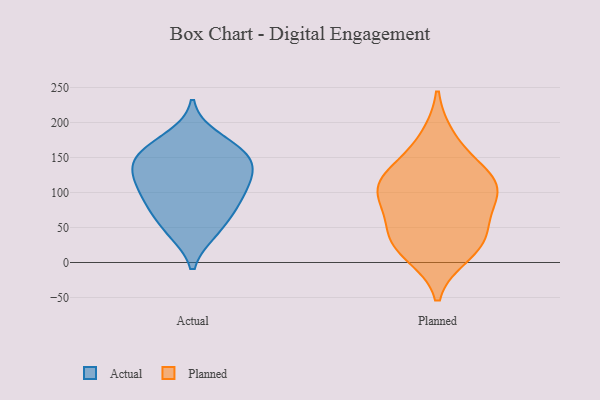
{"axis": {"x": "Revenue (USD Million)", "y": "Value"}, "legend": ["Actual", "Planned"], "data": [{"x": "", "y": 154, "type": "Actual"}, {"x": "", "y": 159, "type": "Actual"}, {"x": "", "y": 179, "type": "Actual"}, {"x": "", "y": 84, "type": "Actual"}, {"x": "", "y": 146, "type": "Actual"}, {"x": "", "y": 127, "type": "Actual"}, {"x": "", "y": 155, "type": "Actual"}, {"x": "", "y": 113, "type": "Actual"}, {"x": "", "y": 80, "type": "Actual"}, {"x": "", "y": 112, "type": "Actual"}, {"x": "", "y": 45, "type": "Actual"}, {"x": "", "y": 124, "type": "Actual"}, {"x": "", "y": 81, "type": "Actual"}, {"x": "", "y": 44, "type": "Actual"}, {"x": "", "y": 119, "type": "Planned"}, {"x": "", "y": 111, "type": "Planned"}, {"x": "", "y": 33, "type": "Planned"}, {"x": "", "y": 98, "type": "Planned"}, {"x": "", "y": 79, "type": "Planned"}, {"x": "", "y": 177, "type": "Planned"}, {"x": "", "y": 43, "type": "Planned"}, {"x": "", "y": 28, "type": "Planned"}, {"x": "", "y": 103, "type": "Planned"}, {"x": "", "y": 135, "type": "Planned"}, {"x": "", "y": 13, "type": "Planned"}]}